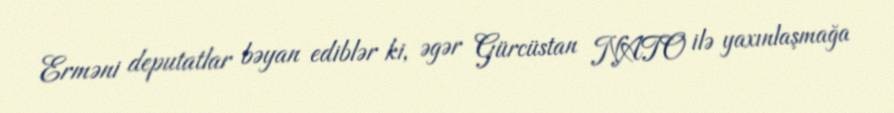
Erməni deputatlar bəyan ediblər ki, əgər Gürcüstan NATO ilə yaxınlaşmağa